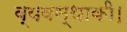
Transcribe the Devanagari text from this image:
व्यवस्थाकी।